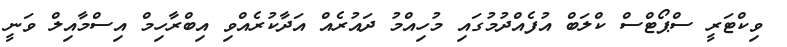
ވިކްޓަރީ ސްޕޯޓްސް ކްލަބް އުފެއްދުމުގައި މުހިއްމު ދައުރެއް އަދާކުރެއްވި އިބްރާހިމް އިސްމާއިލް ވަނީ